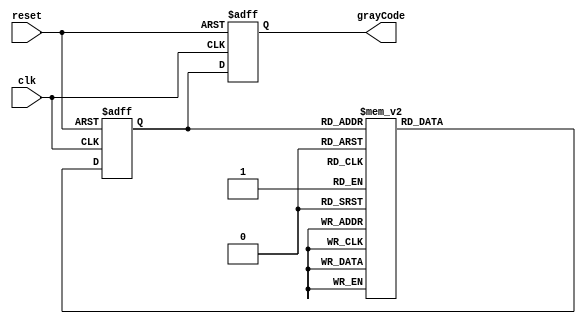
module GrayCodeCounter(
    input wire clk,
    input wire reset,
    output reg [3:0] grayCode
);

reg [3:0] current_state;
reg [3:0] next_state;

always @ (posedge clk or posedge reset) begin
    if (reset) begin
        current_state <= 4'b0000;
    end else begin
        current_state <= next_state;
    end
end

always @ (*) begin
    case (current_state)
        4'b0000: next_state = 4'b0001;
        4'b0001: next_state = 4'b0011;
        4'b0011: next_state = 4'b0010;
        4'b0010: next_state = 4'b0110;
        4'b0110: next_state = 4'b0111;
        4'b0111: next_state = 4'b0101;
        4'b0101: next_state = 4'b0100;
        4'b0100: next_state = 4'b1100;
        4'b1100: next_state = 4'b1101;
        4'b1101: next_state = 4'b1111;
        4'b1111: next_state = 4'b1110;
        4'b1110: next_state = 4'b1010;
        4'b1010: next_state = 4'b1011;
        4'b1011: next_state = 4'b1001;
        4'b1001: next_state = 4'b1000;
        4'b1000: next_state = 4'b0000;
        default: next_state = 4'b0000;
    endcase
end

always @ (posedge clk or posedge reset) begin
    if (reset) begin
        grayCode <= 4'b0000;
    end else begin
        grayCode <= current_state;
    end
end

endmodule